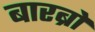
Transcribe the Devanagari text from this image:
बारब्रो